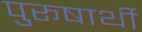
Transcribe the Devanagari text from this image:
पुरूषार्थी